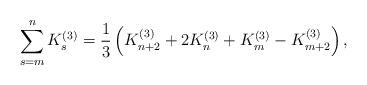
LaTeX: \begin{align*}\sum_{s=m}^{n}K_{s}^{(3)}=\frac{1}{3}\left(K_{n+2}^{(3)}+2K_{n}^{(3)}+K_{m}^{(3)}-K_{m+2}^{(3)}\right),\end{align*}